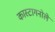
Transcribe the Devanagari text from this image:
कास्टागनोले